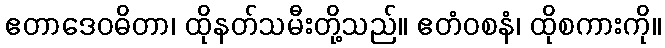
ဧတာဒေဝဓိတာ၊ ထိုနတ်သမီးတို့သည်။ ဧတံဝစနံ၊ ထိုစကားကို။